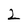
Character: 2